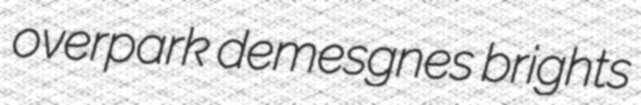
overpark demesgnes brights